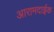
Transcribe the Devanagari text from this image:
आरामदाईक